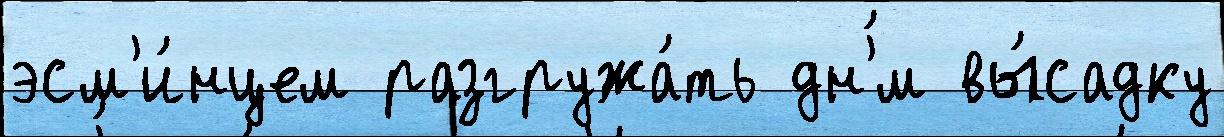
эсм'и́нцем разгружа́ть дн'́м вы́садку